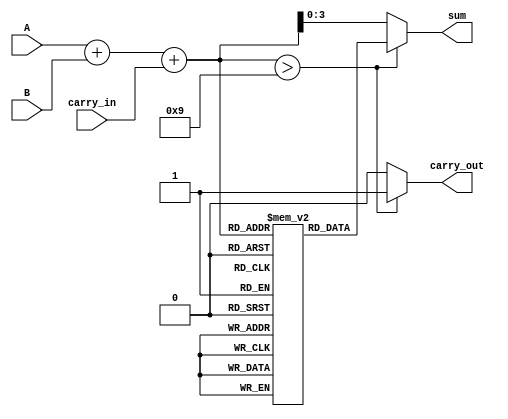
module BCD_LUT_Adder (
    input  wire [3:0] A,          // First BCD digit
    input  wire [3:0] B,          // Second BCD digit
    input  wire carry_in,          // Carry input
    output reg  [3:0] sum,         // BCD sum output
    output reg  carry_out          // Carry output
);

    // Intermediate 5-bit sum to accommodate carry
    wire [4:0] binary_sum;
    
    // Calculate initial binary sum
    assign binary_sum = A + B + carry_in;
    
    // Look-Up Table for BCD correction
    reg [3:0] LUT [0:18]; // LUT mapping for sums 0-18

    // Initialize the LUT
    initial begin
        LUT[0]  = 4'b0000; // 0
        LUT[1]  = 4'b0001; // 1
        LUT[2]  = 4'b0010; // 2
        LUT[3]  = 4'b0011; // 3
        LUT[4]  = 4'b0100; // 4
        LUT[5]  = 4'b0101; // 5
        LUT[6]  = 4'b0110; // 6
        LUT[7]  = 4'b0111; // 7
        LUT[8]  = 4'b1000; // 8
        LUT[9]  = 4'b1001; // 9
        LUT[10] = 4'b0001; // 10 -> 0 + carry (invalid BCD)
        LUT[11] = 4'b0001; // 11 -> 1 + carry (invalid BCD)
        LUT[12] = 4'b0010; // 12 -> 2 + carry (invalid BCD)
        LUT[13] = 4'b0011; // 13 -> 3 + carry (invalid BCD)
        LUT[14] = 4'b0100; // 14 -> 4 + carry (invalid BCD)
        LUT[15] = 4'b0101; // 15 -> 5 + carry (invalid BCD)
        LUT[16] = 4'b0110; // 16 -> 6 + carry (invalid BCD)
        LUT[17] = 4'b0111; // 17 -> 7 + carry (invalid BCD)
        LUT[18] = 4'b1000; // 18 -> 8 + carry (invalid BCD)
    end

    // Update sum and carry_out
    always @(*) begin
        if (binary_sum > 9) begin
            sum = LUT[binary_sum]; // Use LUT for correction
            carry_out = 1'b1;      // Set carry out
        end else begin
            sum = binary_sum[3:0]; // Valid BCD, no correction needed
            carry_out = 1'b0;      // No carry out
        end
    end

endmodule